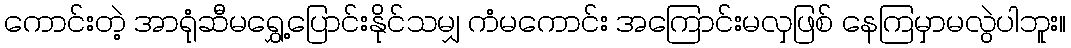
ကောင်းတဲ့ အာရုံဆီမရွှေ့ပြောင်းနိုင်သမျှ ကံမကောင်း အကြောင်းမလှဖြစ် နေကြမှာမလွဲပါဘူး။